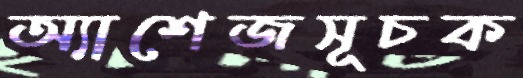
অ্যাশেজসূচক